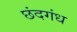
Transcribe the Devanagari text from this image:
छंदगंध